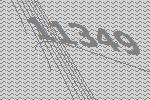
11349